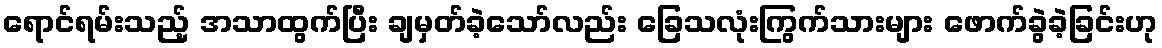
ရောင်ရမ်းသည့် အသာထွက်ပြီး ချမှတ်ခဲ့သော်လည်း ခြေသလုံးကြွက်သားများ ဖောက်ခွဲခဲ့ခြင်းဟု